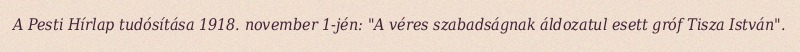
A Pesti Hírlap tudósítása 1918. november 1-jén: "A véres szabadságnak áldozatul esett gróf Tisza István".